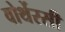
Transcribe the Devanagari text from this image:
वोर्थेरसी